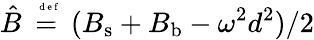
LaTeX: \hat{B}\stackrel{\mathrm{~\tiny~{~d~e~f~}~}}{=}({B}_{\mathrm{s}}+{B}_{\mathrm{b}}-\omega^{2}d^{2})/2